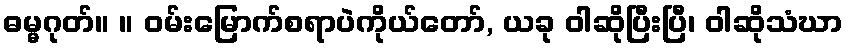
ဓမ္မဂုတ်။ ။ ဝမ်းမြောက်စရာပဲကိုယ်တော်, ယခု ဝါဆိုပြီးပြီ၊ ဝါဆိုသံဃာ